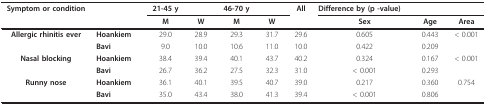
| Symptom or condition |  | 21-45 y |  | 46-70 y |  | All | Difference by (p -value) |  |  |
 |  |  | M | W | M | W |  | Sex | Age | Area |
 | --- | --- | --- | --- | --- | --- | --- | --- | --- | --- |
 | Allergic rhinitis ever | Hoankiem | 29.0 | 28.9 | 29.3 | 31.7 | 29.6 | 0.605 | 0.443 | < 0.001 |
 |  | Bavi | 9.0 | 10.0 | 10.6 | 11.0 | 10.0 | 0.422 | 0.209 |  |
 | Nasal blocking | Hoankiem | 38.4 | 39.4 | 40.1 | 43.7 | 40.2 | 0.324 | 0.167 | < 0.001 |
 |  | Bavi | 26.7 | 36.2 | 27.5 | 32.3 | 31.0 | < 0.001 | 0.293 |  |
 | Runny nose | Hoankiem | 36.1 | 40.1 | 39.5 | 40.7 | 39.0 | 0.217 | 0.360 | 0.754 |
 |  | Bavi | 35.0 | 43.4 | 38.0 | 41.3 | 39.4 | < 0.001 | 0.806 |  |